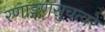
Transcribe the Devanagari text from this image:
रणाङ्गणसुचत्वरे